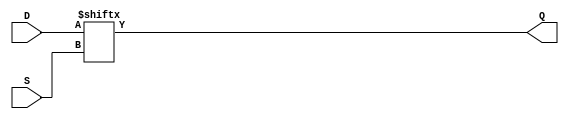

module muxN
  #(parameter WID = 4, parameter SWID = 2)
   (input wire [WID-1:0]  D,
    input wire [SWID-1:0] S,
    output reg		  Q
    /* */);

   always @* Q = D[S];

endmodule // add